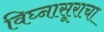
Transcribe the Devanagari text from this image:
विघ्नासूराचा